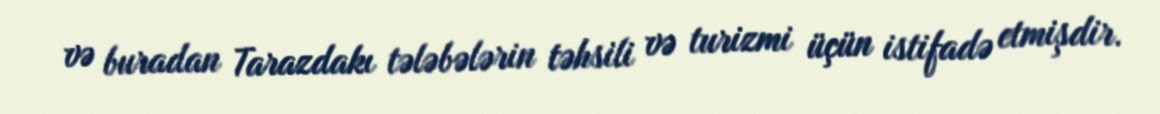
və buradan Tarazdakı tələbələrin təhsili və turizmi üçün istifadə etmişdir.